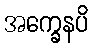
အက္ခေနပိ